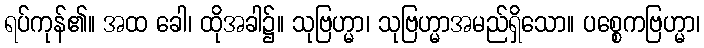
ရပ်ကုန်၏။ အထ ခေါ၊ ထိုအခါ၌။ သုဗြဟ္မာ၊ သုဗြဟ္မာအမည်ရှိသော။ ပစ္စေကဗြဟ္မာ၊